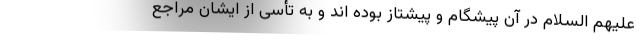
علیهم السلام در آن پیشگام و پیشتاز بوده اند و به تأسی از ایشان مراجع